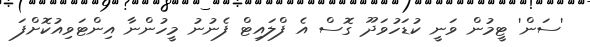
'ސަން' ޓީމުން ވަނީ ކުޑަހުވަދޫ ގޮސް އެ ފްލައިޓް ފެނުނު މީހުންނާ އިންޓަވިއުކޮށްފަ